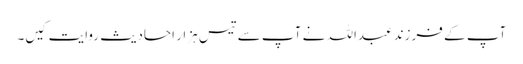
آپ کے فرزند عبداللہ نے آپ سے تیس ہزار احادیث روایت کیں۔